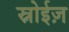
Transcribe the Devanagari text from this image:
स्नोईज़